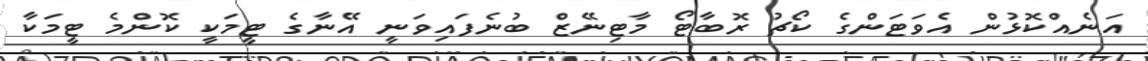
އަނެއްކޮޅުން އެވަޓަންގެ ކޯޗު ރޮބާޓޯ މާޓިނޭޒް ބުނެފައިވަނީ އޭނާގެ ޓީމަކީ ކޮންމެ ޓީމަކާ